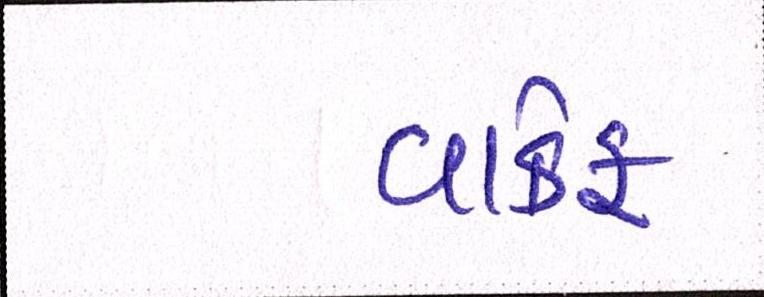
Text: વાકેફ